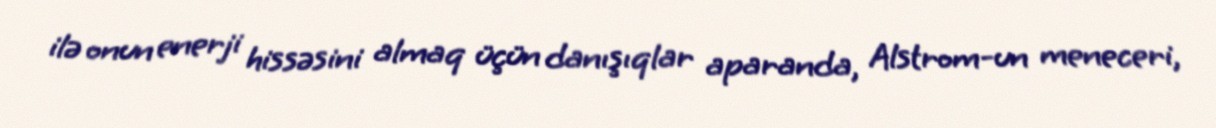
ilə onun enerji hissəsini almaq üçün danışıqlar aparanda, Alstrom-un meneceri,